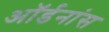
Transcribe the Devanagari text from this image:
ऑर्डनांस